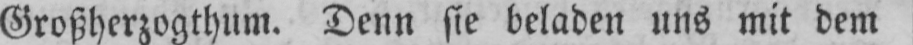
Großherzogthum. Denn sie beladen uns mit dem